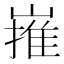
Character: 嶊